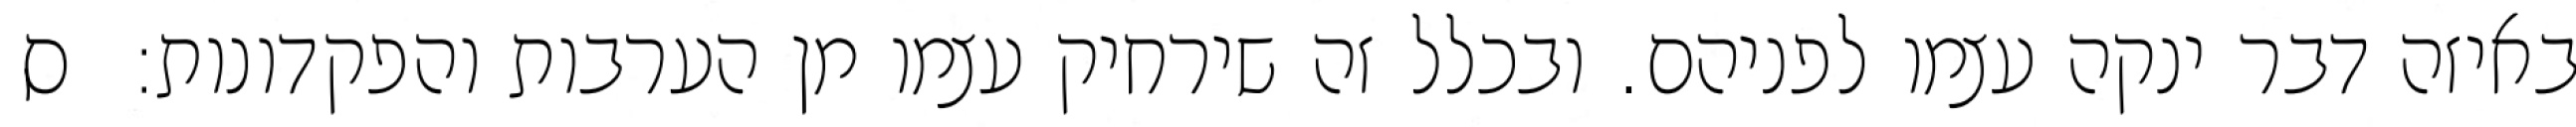
באיזה דבר ינקה עצמו לפניהם. ובכלל זה שירחיק עצמו מן הערבות והפקדונות:  ס